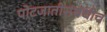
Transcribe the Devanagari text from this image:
पोटजातीसंबंधीच